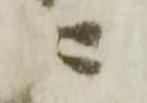
ニ